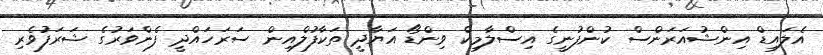
އެލައިޑް އިންޝުއަރަންސް ކުންފުނީގެ އިސްލާމިކް ވިންޑޯ އަޔާދީ ތަކާފުލްއިން ސަރަހައްދީ ފެންވަރުގެ ޝަރަފުވެރި